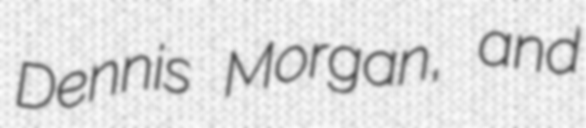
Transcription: Dennis Morgan, and